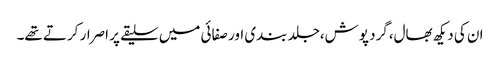
ان کی دیکھ بھال،گرد پوش،جلد بندی اور صفائی میں سلیقے پر اصرار کرتے تھے۔